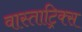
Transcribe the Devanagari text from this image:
वास्ताट्रिक्स